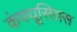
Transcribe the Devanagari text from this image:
कंफ्यूसियस